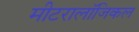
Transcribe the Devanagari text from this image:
मीटरालॉजिकल